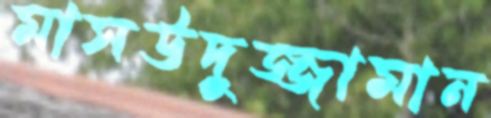
মাসউদুজ্জামান